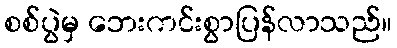
စစ်ပွဲမှ ဘေးကင်းစွာပြန်လာသည်။